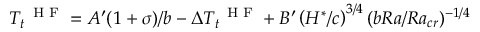
T _ { t } ^ { \mathrm { ~ \scriptsize ~ H ~ F ~ } } = A ^ { \prime } ( 1 + \sigma ) / b - \Delta T _ { t } ^ { \mathrm { ~ \scriptsize ~ H ~ F ~ } } + B ^ { \prime } \left( H ^ { * } / c \right) ^ { 3 / 4 } ( b R a / R a _ { c r } ) ^ { - 1 / 4 }